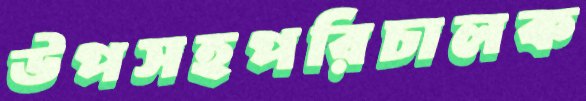
উপসহপরিচালক